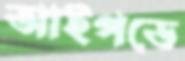
আইপডে